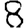
Digit: 8